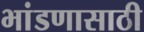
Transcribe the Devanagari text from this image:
भांडणासाठी